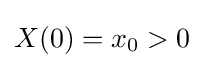
X(0)=x_{0}>0